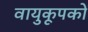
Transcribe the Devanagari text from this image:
वायुकूपकों